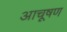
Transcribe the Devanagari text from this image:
आचूषण